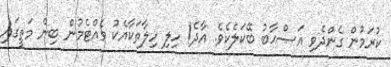
ކުރަމުން ގެންދެވި އަޞްޙާބު ބޭކަލެކެވެ. އާދެ! ހިލި ހިލާތަކާއެކު ވެއްޓެމުން ބިން މަތީގައި